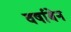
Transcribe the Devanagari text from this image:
वर्षाबेन